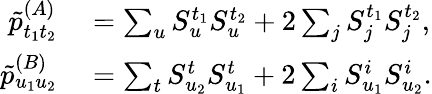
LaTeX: \begin{array}{rl}{\tilde{p}_{t_{1}t_{2}}^{(A)}}&{{}=\sum_{u}S_{u}^{t_{1}}S_{u}^{t_{2}}+2\sum_{j}S_{j}^{t_{1}}S_{j}^{t_{2}},}\\ {\tilde{p}_{u_{1}u_{2}}^{(B)}}&{{}=\sum_{t}S_{u_{2}}^{t}S_{u_{1}}^{t}+2\sum_{i}S_{u_{1}}^{i}S_{u_{2}}^{i}.}\end{array}